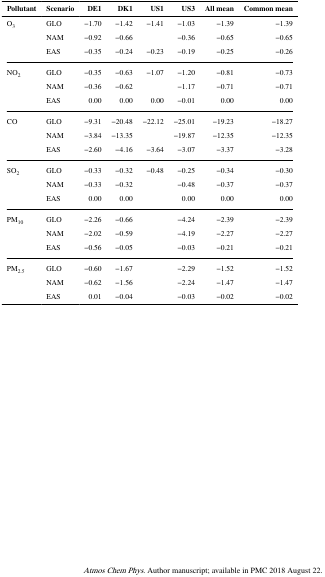
<table><thead><tr><td><b>Pollutant</b></td><td><b>Scenario</b></td><td><b>DE1</b></td><td><b>DK1</b></td><td><b>US1</b></td><td><b>US3</b></td><td><b>All mean</b></td><td><b>Common mean</b></td></tr></thead><tbody><tr><td rowspan="3">O<sub>3</sub></td><td>GLO</td><td>−1.70</td><td>−1.42</td><td>−1.41</td><td>−1.03</td><td>−1.39</td><td>−1.39</td></tr><tr><td>NAM</td><td>−0.92</td><td>−0.66</td><td></td><td>−0.36</td><td>−0.65</td><td>−0.65</td></tr><tr><td>EAS</td><td>−0.35</td><td>−0.24</td><td>−0.23</td><td>−0.19</td><td>−0.25</td><td>−0.26</td></tr><tr><td rowspan="3">NO<sub>2</sub></td><td>GLO</td><td>−0.35</td><td>−0.63</td><td>−1.07</td><td>−1.20</td><td>−0.81</td><td>−0.73</td></tr><tr><td>NAM</td><td>−0.36</td><td>−0.62</td><td></td><td>−1.17</td><td>−0.71</td><td>−0.71</td></tr><tr><td>EAS</td><td>0.00</td><td>0.00</td><td>0.00</td><td>−0.01</td><td>0.00</td><td>0.00</td></tr><tr><td rowspan="3">CO</td><td>GLO</td><td>−9.31</td><td>−20.48</td><td>−22.12</td><td>−25.01</td><td>−19.23</td><td>−18.27</td></tr><tr><td>NAM</td><td>−3.84</td><td>−13.35</td><td></td><td>−19.87</td><td>−12.35</td><td>−12.35</td></tr><tr><td>EAS</td><td>−2.60</td><td>−4.16</td><td>−3.64</td><td>−3.07</td><td>−3.37</td><td>−3.28</td></tr><tr><td rowspan="3">SO<sub>2</sub></td><td>GLO</td><td>−0.33</td><td>−0.32</td><td>−0.48</td><td>−0.25</td><td>−0.34</td><td>−0.30</td></tr><tr><td>NAM</td><td>−0.33</td><td>−0.32</td><td></td><td>−0.48</td><td>−0.37</td><td>−0.37</td></tr><tr><td>EAS</td><td>0.00</td><td>0.00</td><td></td><td>0.00</td><td>0.00</td><td>0.00</td></tr><tr><td rowspan="3">PM<sub>10</sub></td><td>GLO</td><td>−2.26</td><td>−0.66</td><td></td><td>−4.24</td><td>−2.39</td><td>−2.39</td></tr><tr><td>NAM</td><td>−2.02</td><td>−0.59</td><td></td><td>−4.19</td><td>−2.27</td><td>−2.27</td></tr><tr><td>EAS</td><td>−0.56</td><td>−0.05</td><td></td><td>−0.03</td><td>−0.21</td><td>−0.21</td></tr><tr><td rowspan="3">PM<sub>2.5</sub></td><td>GLO</td><td>−0.60</td><td>−1.67</td><td></td><td>−2.29</td><td>−1.52</td><td>−1.52</td></tr><tr><td>NAM</td><td>−0.62</td><td>−1.56</td><td></td><td>−2.24</td><td>−1.47</td><td>−1.47</td></tr><tr><td>EAS</td><td>0.01</td><td>−0.04</td><td></td><td>−0.03</td><td>−0.02</td><td>−0.02</td></tr></tbody></table>